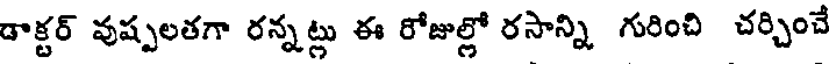
డాక్టర్ వుష్పలతగా రన్నట్లు ఈ రోజుల్లో రసాన్ని గురించి చర్చించే